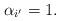
LaTeX: \begin{align*}\alpha_{i'}=1.\end{align*}